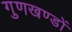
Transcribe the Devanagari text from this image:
गुणखण्डों